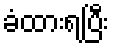
ခံထားရပြီး